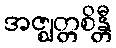
အဇ္ဈတ္တစိန္တီ